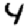
Digit: 4